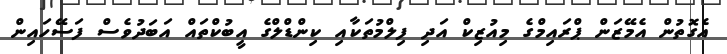
އެގޮތުން އެމޭޒަން ޕްރައިމްގެ މިއުޒިކް އަދި ފިލްމުތަކާއި ކިންޑްލްގެ އީބުކްތައް އަބަދުވެސް ފަސޭހައިން